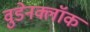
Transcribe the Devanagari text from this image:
वुडेनक्लॉक